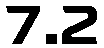
7.2